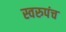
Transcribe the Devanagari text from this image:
स्वरुपंच